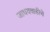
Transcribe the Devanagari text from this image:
जाधववाडीचे